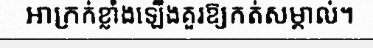
អាក្រក់ខ្លាំងឡើងគួរឱ្យកត់សម្គាល់។